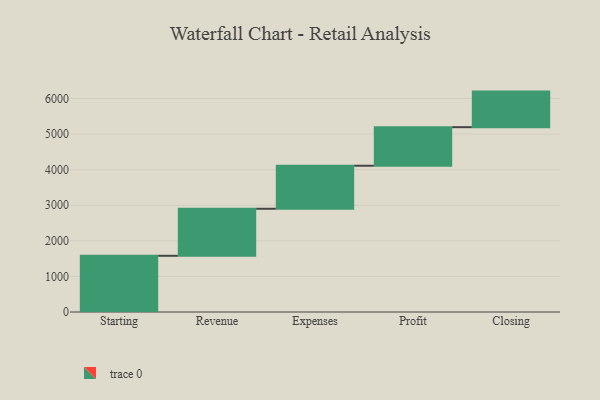
{"axis": {"x": "Step", "y": "Value"}, "legend": [""], "data": [{"x": "Starting", "y": 1580.0, "type": ""}, {"x": "Revenue", "y": 1322.0, "type": ""}, {"x": "Expenses", "y": 1209.0, "type": ""}, {"x": "Profit", "y": 1084.0, "type": ""}, {"x": "Closing", "y": 1000, "type": ""}]}